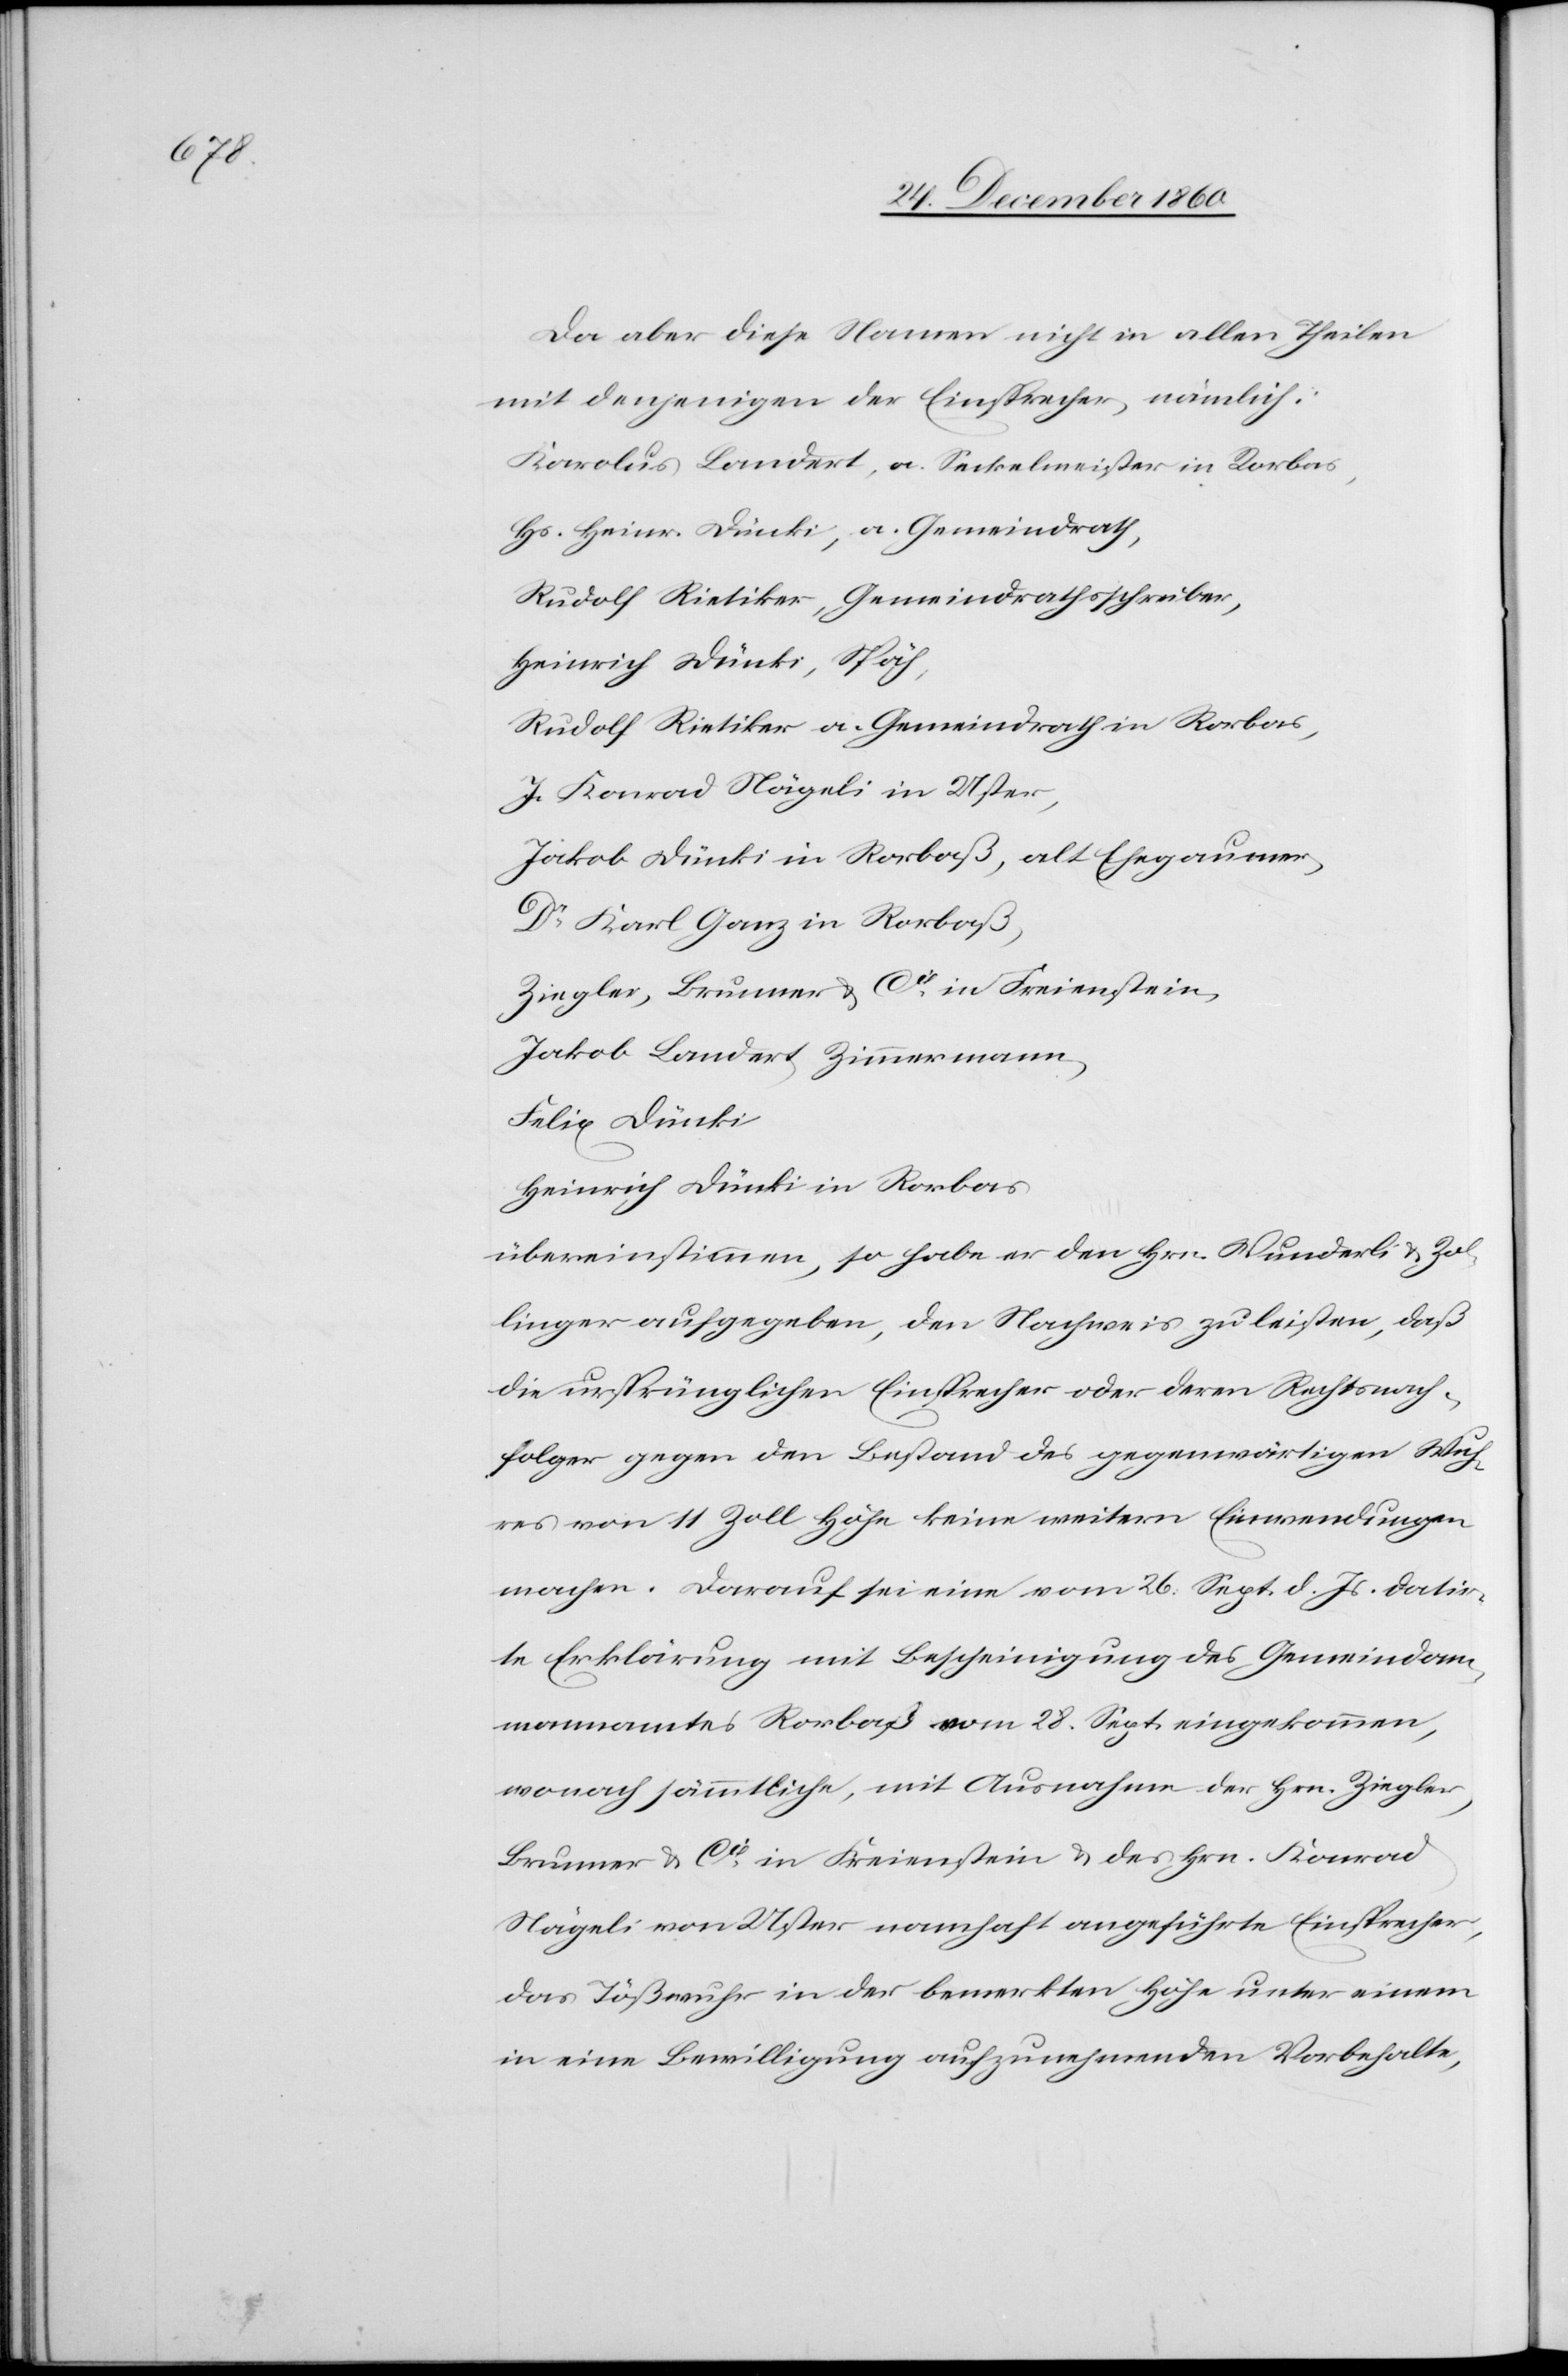
Da aber diese Namen nicht in allen Theilen
mit denjenigen der Einsprecher, nämlich:
Karolus Landert, a. Seckelmeister in Rorbas,
Hs. Heinr. Dünki, a. Gemeindrath,
Rudolf Rietiker, Gemeindrathsschreiber,
Heinrich Dünki, Späh,
Rudolf Rietiker a. Gemeindrath in Rorbas,
J. Konrad Nägeli in Uster,
Jakob Dünki in Rorbaß, alt Ehegaumer,
Dr Karl Ganz in Rorbaß,
Ziegler, Brunner & Cie in Freienstein,
Jakob Landert, Zimmermann,
Felix Dünki,
Heinrich Dünki in Rorbas
übereinstimmen, so habe er den Hrn. Wunderli u. Zol¬
linger aufgegeben, den Nachweis zu leisten, daß
die ursprünglichen Einsprecher oder deren Rechtnach¬
folger gegen den Bestand des gegenwärtigen Wuh¬
res von 11 Zoll Höhe keine weitern Einwendungen
machen. Darauf sei eine vom 26. Sept. d. Js. datir¬
te Erklärung mit Bescheinigung des Gemeindam¬
mannamtes Rorbaß vom 28. Sept. eingekommen,
wonach sämmtliche, mit Ausnahme der Hrn. Ziegler,
Brunner & Cie in Freienstein u. des Hrn. Konrad
Nägeli von Uster namhaft angeführte Einsprecher,
das Tößwuhr in der bemerkten Höhe unter einem
in eine Bewilligung aufzunehmenden Vorbehalte,